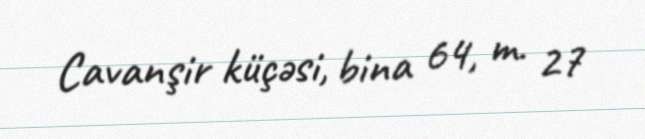
Cavanşir küçəsi, bina 64, m. 27